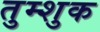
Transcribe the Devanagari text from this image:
तुम्शुक